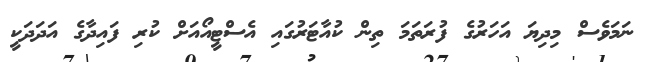
ނަމަވެސް މިދިޔަ އަހަރުގެ ފުރަތަމަ ތިން ކުއާޓަރުގައި އެސްޓީއޯއަށް ކުރި ފައިދާގެ އަދަދަކީ